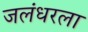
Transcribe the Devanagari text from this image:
जलंधरला